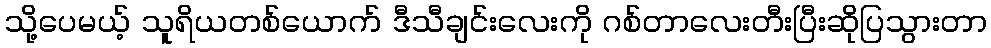
သို့ပေမယ့် သူရိယတစ်ယောက် ဒီသီချင်းလေးကို ဂစ်တာလေးတီးပြီးဆိုပြသွားတာ